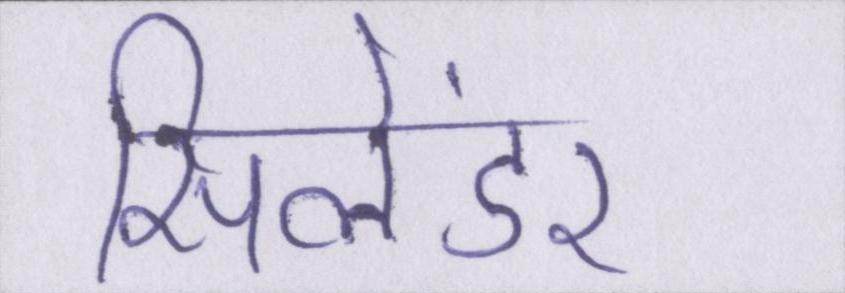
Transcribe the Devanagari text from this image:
सिलेंडर